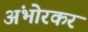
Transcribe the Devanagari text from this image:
अंभोरकर